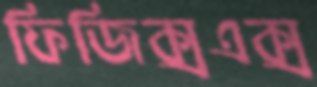
ফিজিক্সএক্স